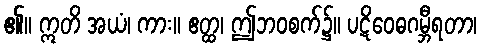
၏။ ဣတိ အယံ၊ ကား။ ဧတ္ထ၊ ဤဘဝစက်၌။ ပဋိဝေဓဂမ္ဘီရတာ၊